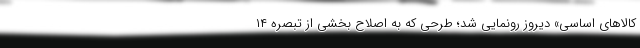
کالاهای اساسی» دیروز رونمایی شد؛ طرحی که به اصلاح بخشی از تبصره ۱۴